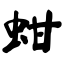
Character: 蚶